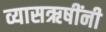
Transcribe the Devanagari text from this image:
व्यासऋषींनी